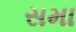
સમા